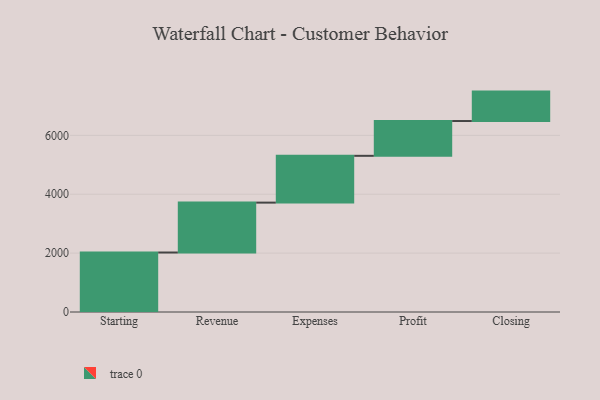
{"axis": {"x": "Step", "y": "Value"}, "legend": [""], "data": [{"x": "Starting", "y": 2021.0, "type": ""}, {"x": "Revenue", "y": 1695.0, "type": ""}, {"x": "Expenses", "y": 1590.0, "type": ""}, {"x": "Profit", "y": 1182.0, "type": ""}, {"x": "Closing", "y": 1000, "type": ""}]}